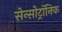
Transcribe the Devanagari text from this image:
सेन्सोट्रॉनिक